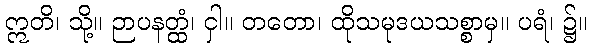
ဣတိ၊ သို့။ ဉာပနတ္ထံ၊ ငှါ။ တတော၊ ထိုသမုဒယသစ္စာမှ။ ပရံ၊ ၌။